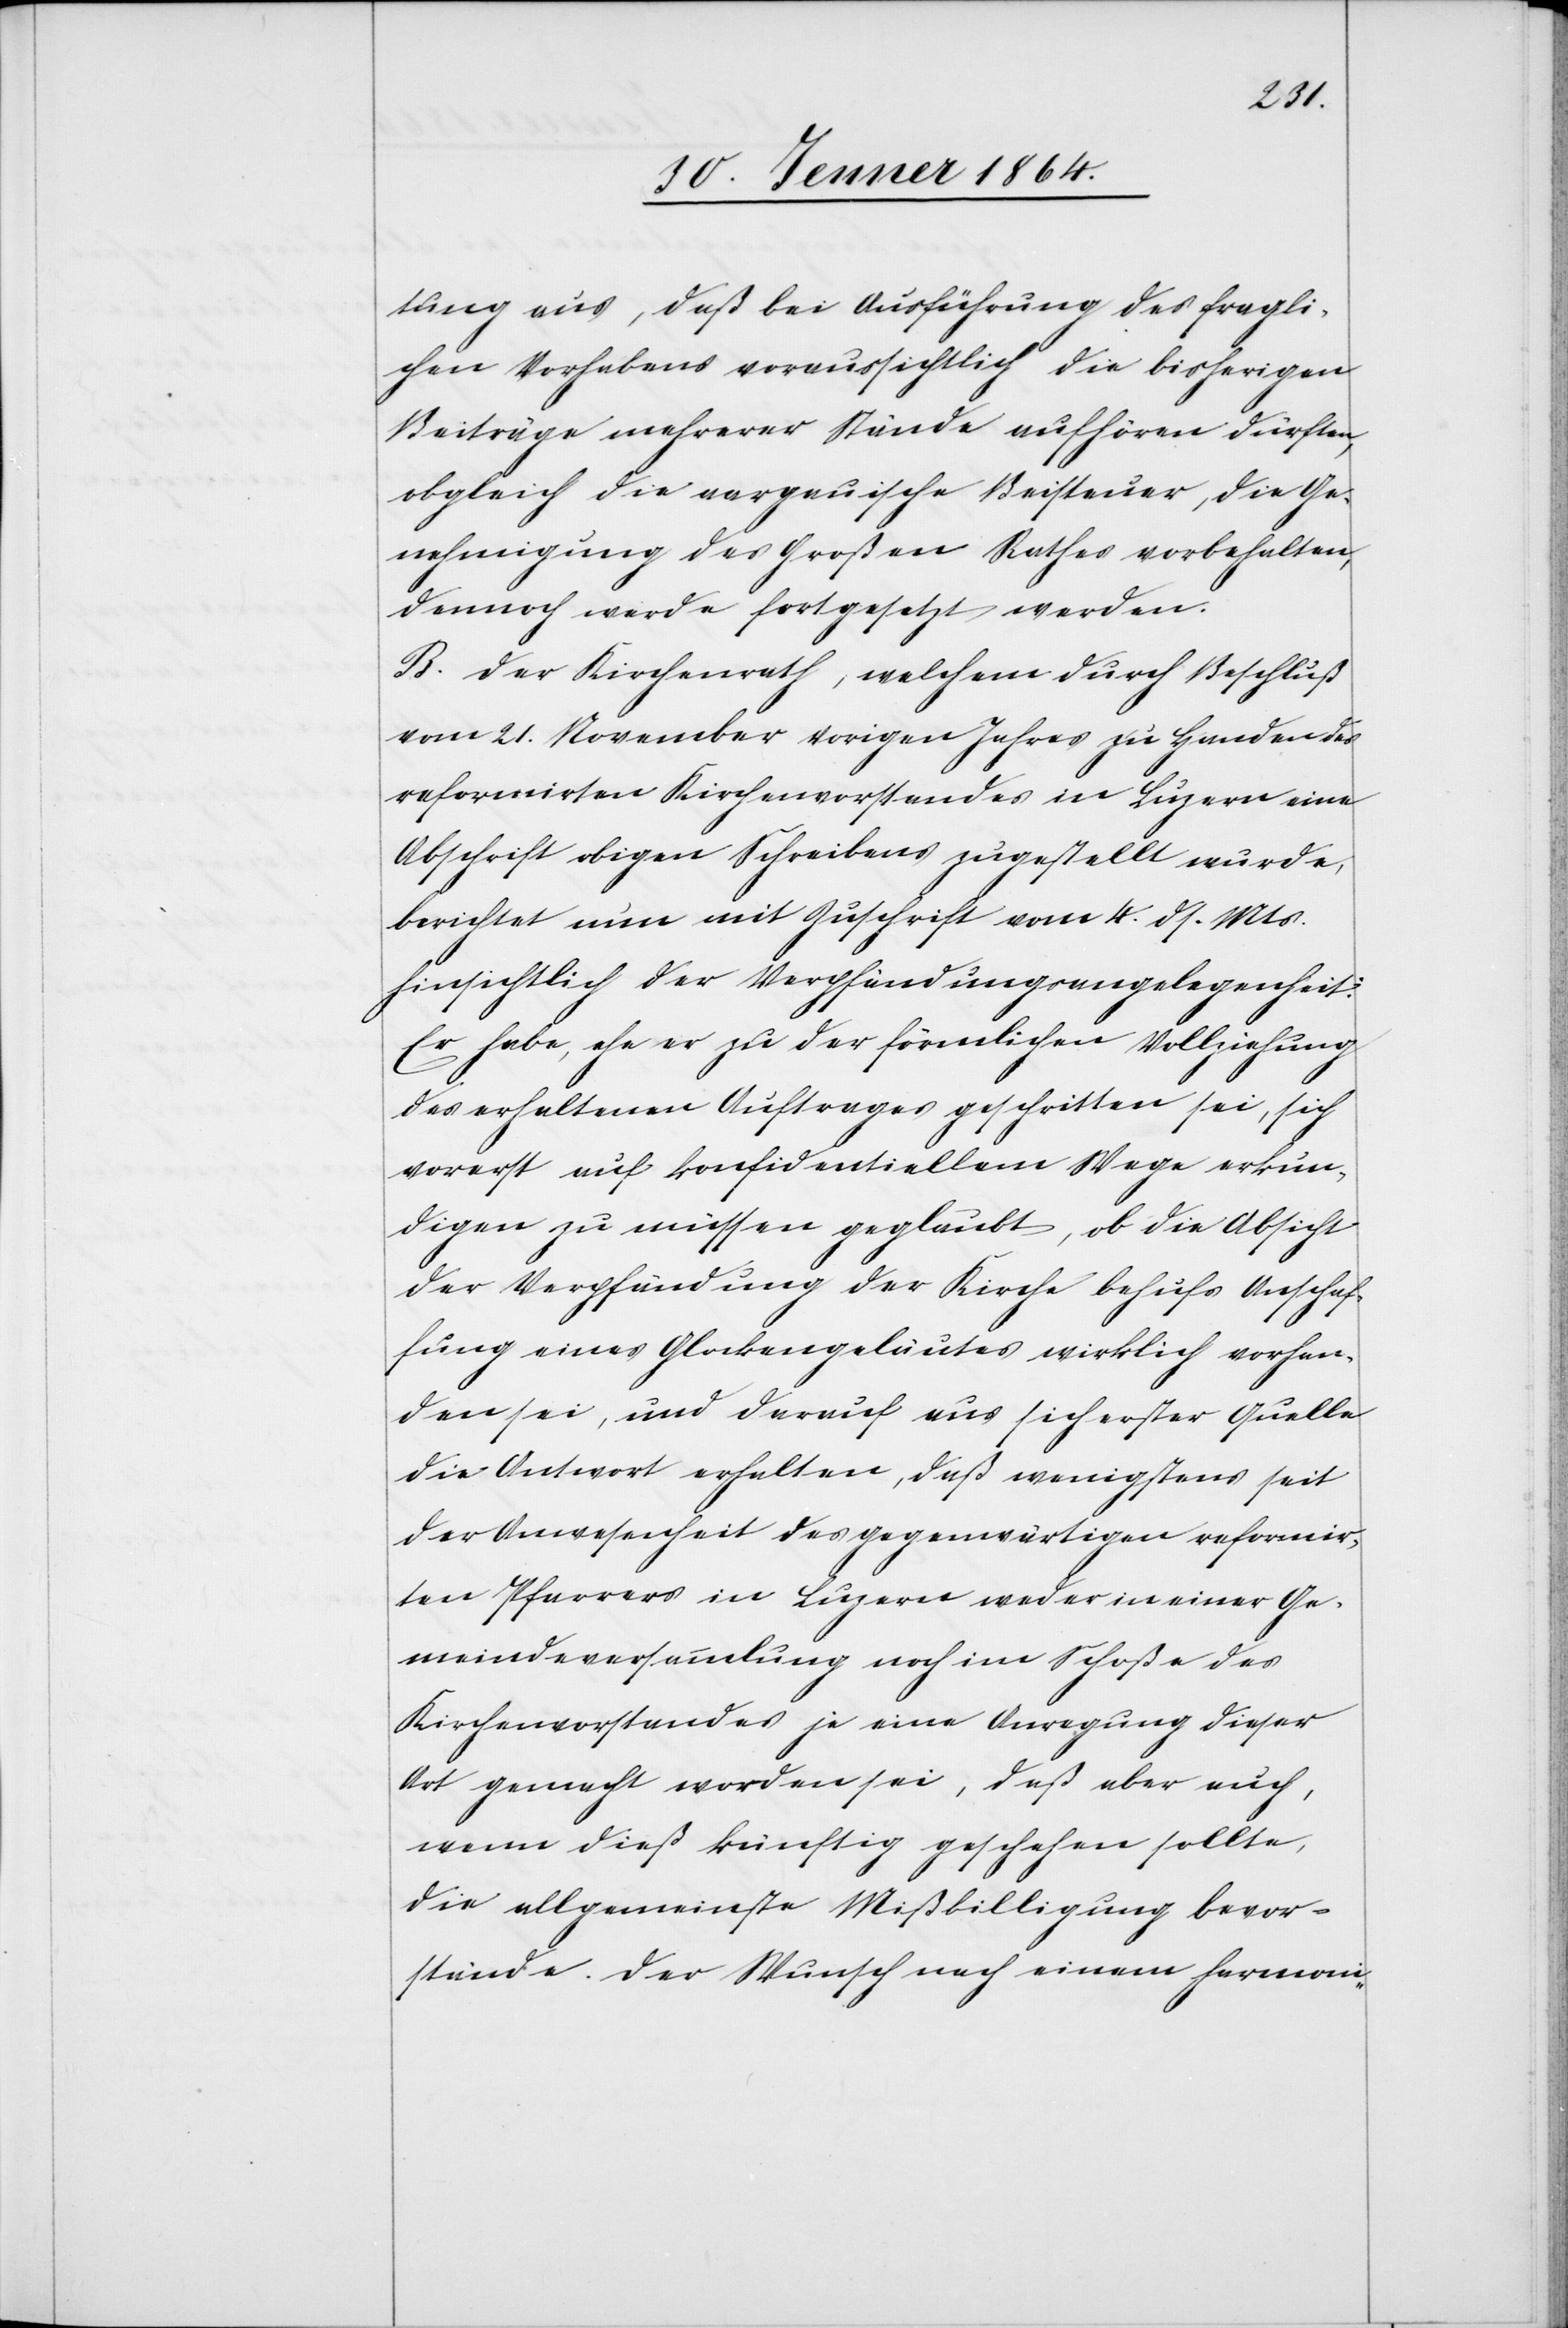
tung aus, daß bei Ausführung des fragli¬
chen Vorhabens voraussichtlich die bisherigen
Beiträge mehrerer Stände aufhören dürften,
obgleich die aargauische Beisteuer, die Ge¬
nehmigung des Großen Rathes vorbehalten,
dennoch werde fortgesetzt werden.
B. Der Kirchenrath, welchem durch Beschluß
vom 21. November vorigen Jahres zu Handen des
reformirten Kirchenvorstandes in Luzern eine
Abschrift obigen Schreibens zugestellt wurde,
berichtet nun mit Zuschrift vom 4. ds. Mts.
hinsichtlich der Verpfändungsangelegenheit:
Er habe, ehe er zu der förmlichen Vollziehung
des erhaltenen Auftrages geschritten sei, sich
vorerst auf konfidentiellem Wege erkun¬
digen zu müssen geglaubt, ob die Absicht
der Verpfändung der Kirche behufs Anschaf¬
fung eines Glockengeläutes wirklich vorhan¬
den sei, und darauf aus sicherster Quelle
die Antwort erhalten, daß wenigstens seit
der Anwesenheit des gegenwärtigen reformir¬
ten Pfarrers in Luzern weder in einer Ge¬
meindeversammlung noch im Schoße des
Kirchenvorstandes je eine Anregung dieser
Art gemacht worden sei, daß aber auch,
wenn dieß künftig geschehen sollte,
die allgemeinste Mißbilligung bevor¬
stünde. Der Wunsch nach einem harmoni-